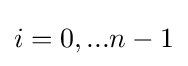
i=0,...n-1